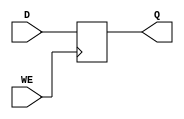
module D_latch (
    input D, // data input
    input WE, // write enable input
    output reg Q // output of the latch
);

always @(posedge WE)
begin
    if (WE)
        Q <= D;
end

endmodule